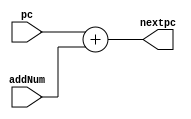
module adder (
    input [31:0] pc,
    input [31:0] addNum,
    output [31:0] nextpc
);
    assign nextpc = pc + addNum;
endmodule